Lunatic asylums Burma 1907-21 - 1907-1921
Year: 1907
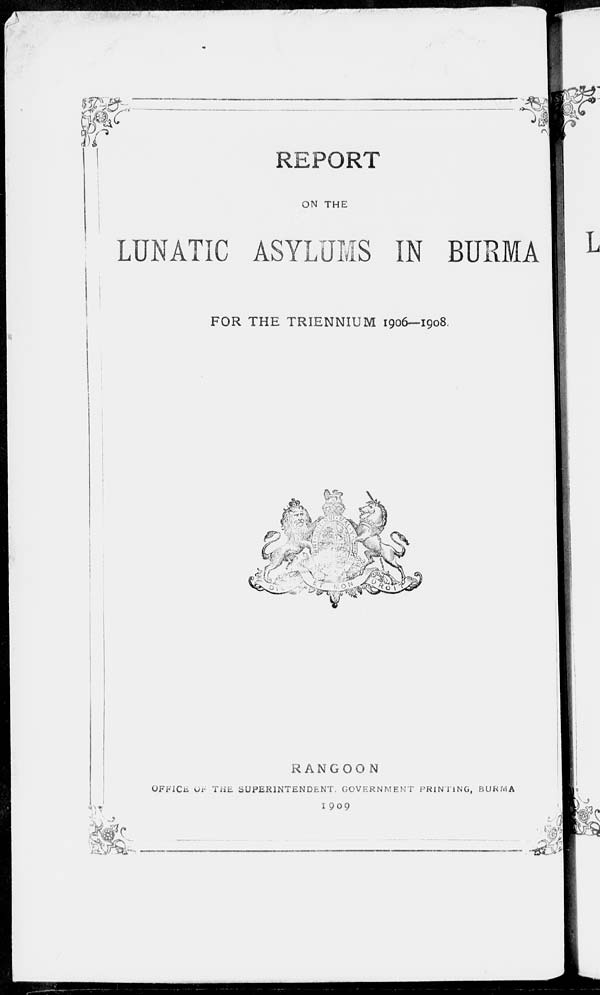
REPORT
ON THE
LUNATIC ASYLUMS IN BURMA
FOR THE TRIENNIUM 1906—1908.
RANGOON
OFFICE OF THE SUPERINTENDENT, GOVERNMENT PRINTING, BURMA
1909